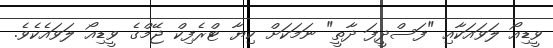
ވީޑިއޯ ލަވައަކާއި "ފަސްދީފަ ދާތީ" ނަމަކަށް ކިޔާ ޓްރެފިކް ޖޭމްގެ ވީޑިއޯ ލަވައެކެވެ.